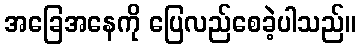
အခြေအနေကို ပြေလည်စေခဲ့ပါသည်။